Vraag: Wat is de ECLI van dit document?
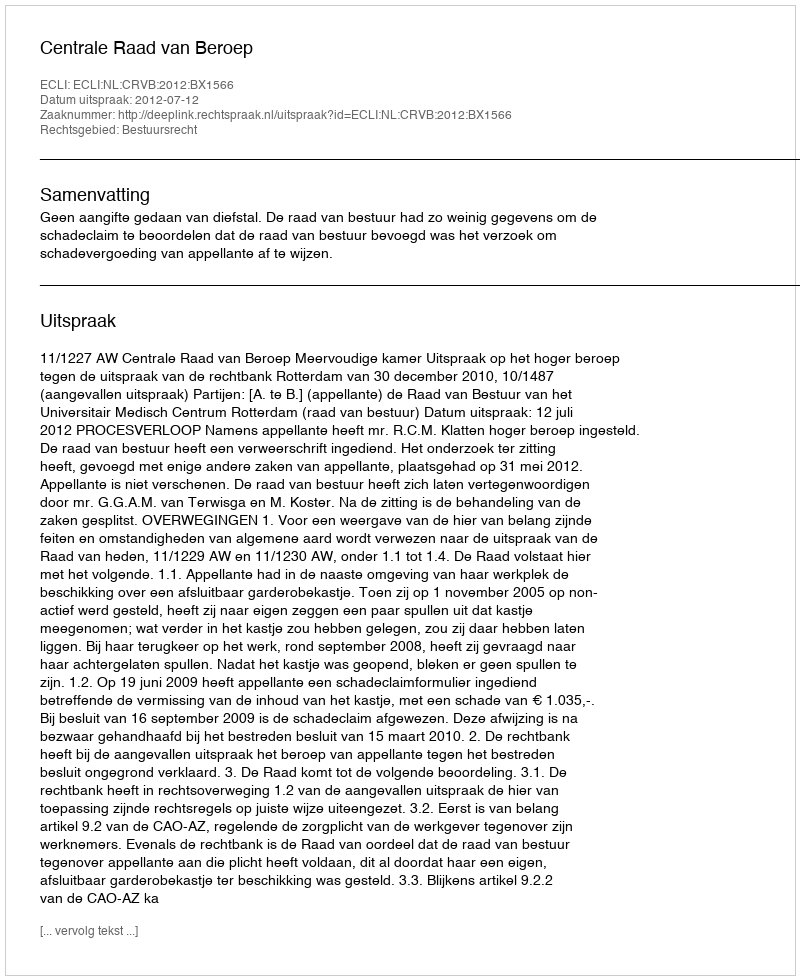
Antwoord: ECLI:NL:CRVB:2012:BX1566